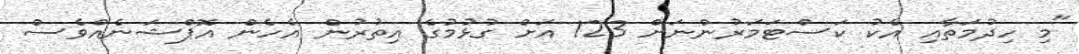
"މި ހިދުމަތާއި އެކު ކަސްޓަމަރުންނަށް 123 އަށް ގުޅުމުގެ އިތުރުން އެހެން އޮޕްޝަނެއްވެސް